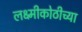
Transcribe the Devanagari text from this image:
लक्ष्मीकोठीच्या